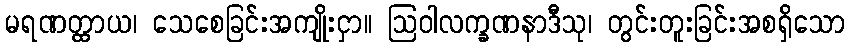
မရဏတ္ထာယ၊ သေစေခြင်းအကျိုးငှာ။ ဩဝါလက္ခဏနာဒီသု၊ တွင်းတူးခြင်းအစရှိသော